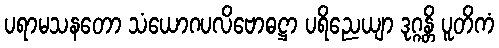
ပရာမသနတော သံယောဂပလိဗောဓဋ္ဌာ ပရိညေယျာ ဒုဂ္ဂန္တိ ပူတိကံ